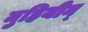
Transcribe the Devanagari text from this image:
मुहियीन्